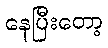
နေပြီးတော့